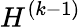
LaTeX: H^{(k-1)}